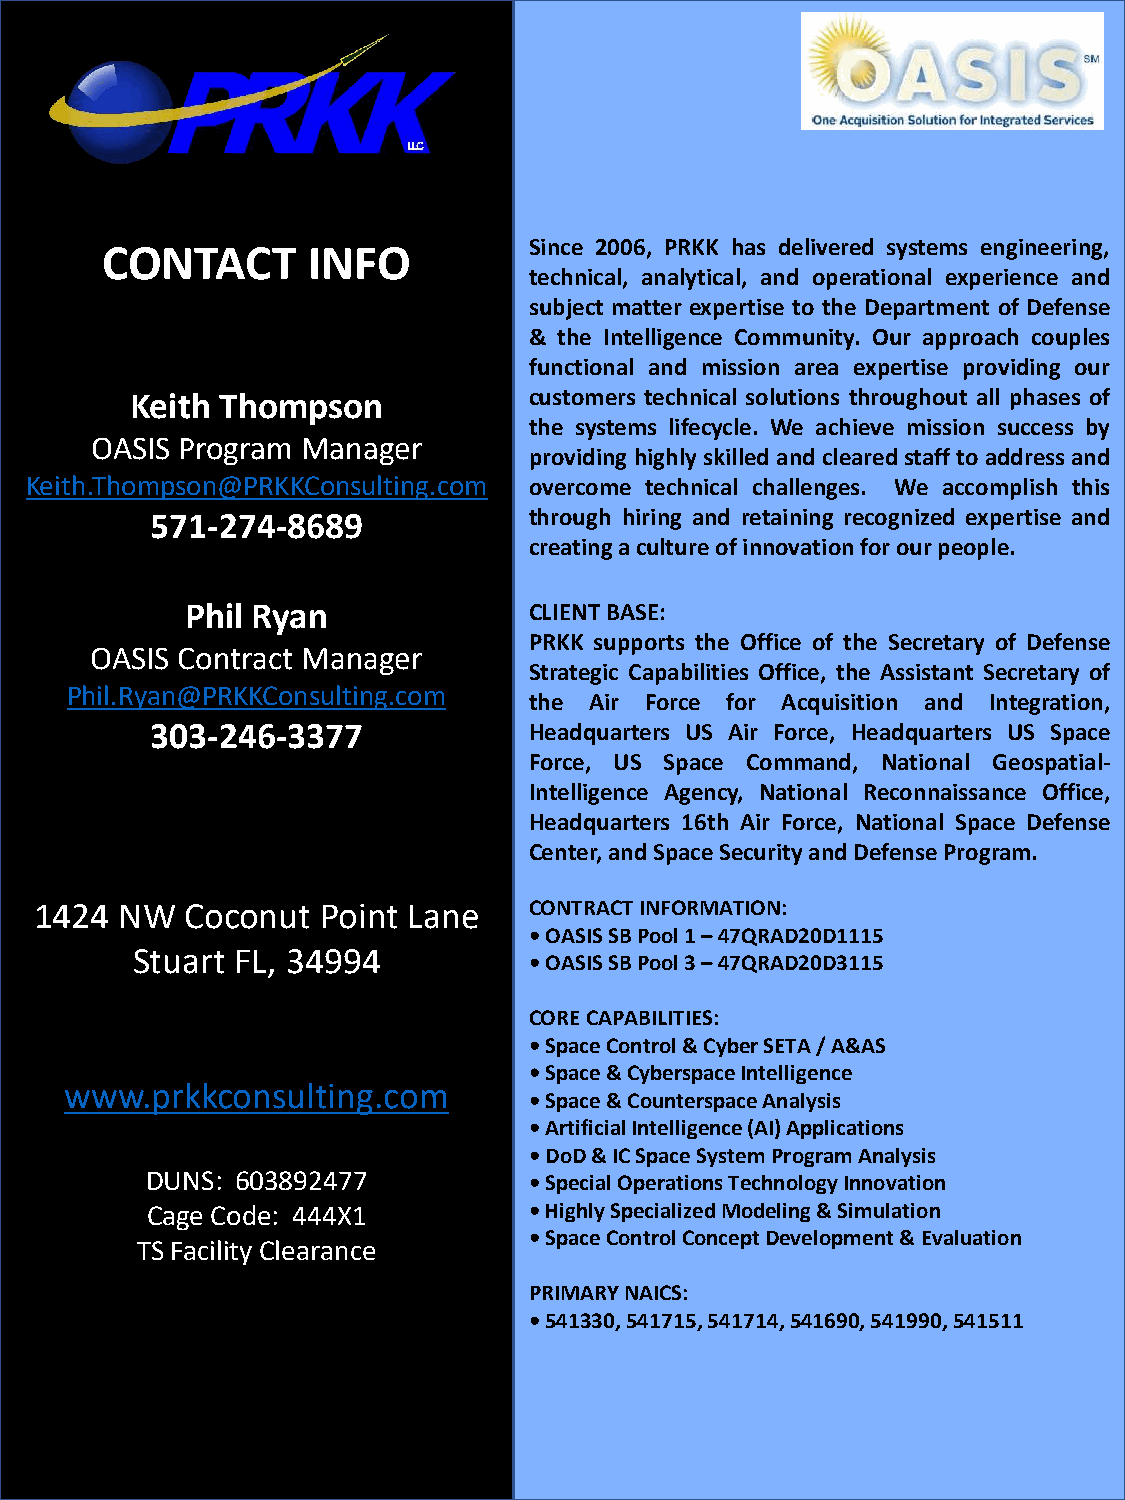
CONTACT      INFO           Since 2006, PRKK has delivered systems engineering,
 technical, analytical, and operational experience and
 subject matter expertise to the Department of Defense
 & the Intelligence Community. Our approach couples
 functional and mission area expertise providing our
 Keith Thompson            customers technical solutions throughout all phases of
 the systems lifecycle. We achieve mission success by
 OASIS Program Manager
 providing highly skilled and cleared staffto address and
 Keith.Thompson@PRKKConsulting.com overcome technical challenges. We accomplish this
 571-274-8689             through hiring and retaining recognized expertise and
 creatingacultureofinnovationforourpeople.
 Phil Ryan              CLIENTBASE:
 PRKK supports the Office of the Secretary of Defense
 OASIS Contract Manager
 Strategic Capabilities Office, the Assistant Secretary of
 Phil.Ryan@PRKKConsulting.com
 the Air Force for Acquisition and Integration,
 303-246-3377             Headquarters US Air Force, Headquarters US Space
 Force, US Space Command, National Geospatial-
 Intelligence Agency, National Reconnaissance Office,
 Headquarters 16th Air Force, National Space Defense
 Center,andSpaceSecurityandDefenseProgram.
 1424  NW  Coconut  Point Lane    CONTRACT INFORMATION:
 • OASIS SB Pool 1 –47QRAD20D1115
 Stuart FL, 34994
 • OASIS SB Pool 3 –47QRAD20D3115
 CORE CAPABILITIES:
 •Space Control & Cyber SETA / A&AS
 • Space & Cyberspace Intelligence
 www.prkkconsulting.com
 • Space & Counterspace Analysis
 • Artificial Intelligence (AI) Applications
 • DoD & IC Space System Program Analysis
 DUNS: 603892477          • Special Operations Technology Innovation
 Cage Code: 444X1         • Highly Specialized Modeling & Simulation
 • Space Control Concept Development & Evaluation
 TS Facility Clearance
 PRIMARY NAICS:
 • 541330, 541715, 541714, 541690, 541990, 541511